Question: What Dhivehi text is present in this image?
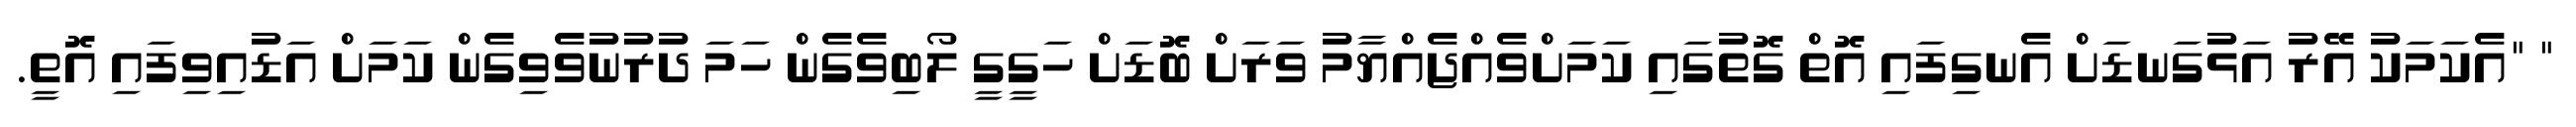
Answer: " "އެކަމަކު އޭރު އަޅުގަނޑަށް އެނގިފައި އޮތް ގޮތުގައި ކަމަށްވެއްޖެއްޔާމު ވަރަށް ބޮޑަށް ހަގީގީ ލޯބިވެގެން ހަމަ ދުރުނުވެވިގެން ކަމަށް އަޑުއިވިފައި އޮތީ.